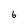
Character: 6